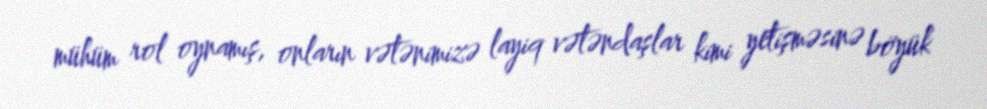
mühüm rol oynamış, onların vətənimizə layiq vətəndaşlar kimi yetişməsinə böyük